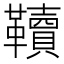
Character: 韇